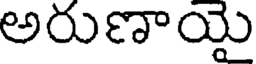
అరుణాయై